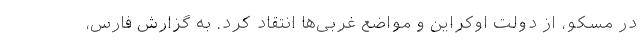
در مسکو، از دولت اوکراین و مواضع غربی‌ها انتقاد کرد. به گزارش فارس،